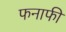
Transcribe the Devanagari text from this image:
फनाफी